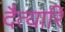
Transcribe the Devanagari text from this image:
दैत्यारि